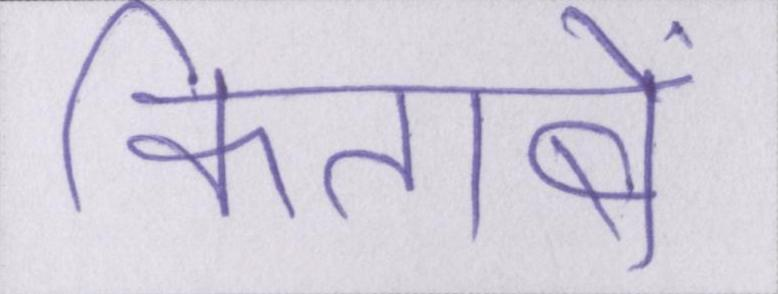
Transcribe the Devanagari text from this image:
किताबें